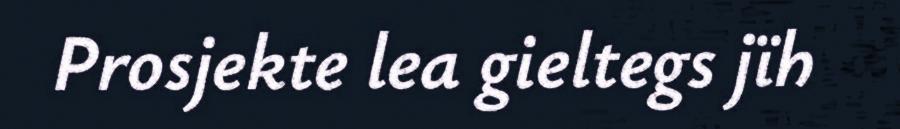
Prosjekte lea gieltegs jïh